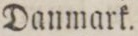
Danmark.